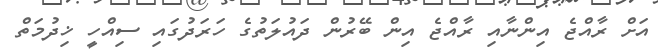
އަށް ރާއްޖެ އިންނާއި ރާއްޖެ އިން ބޭރުން ދައުލަތުގެ ހަރަދުގައި ސިއްހީ ޚިދުމަތް